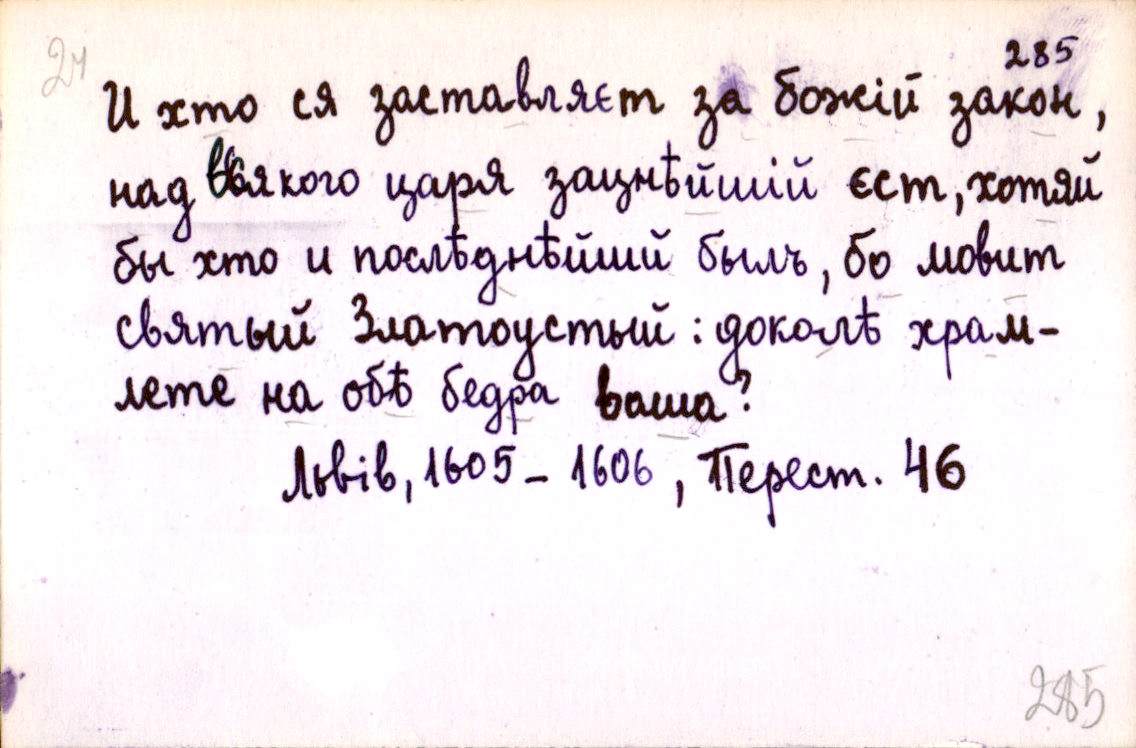
И хто ся заставляєт за божій закон,
над всякого царя зацнѣйшій єст, хотяй
бы хто и послѣднѣйший былъ, бо мовит
святый Златоустый: доколѣ храм-
лете на обѣ бедра ваша?
Львів, 1605-1606, Перест. 46